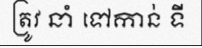
ត្រូវ នាំ ទៅកាន់ ទី